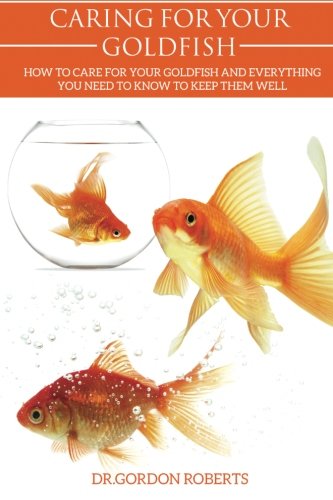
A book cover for Caring for your Gold Fish: How to Care for your Goldfish and Everything You Need to Know to Keep Them Well; Dr. Gordon Roberts BVSc MRCVS; Crafts, Hobbies & Home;